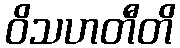
ဝိသဟတီတိ